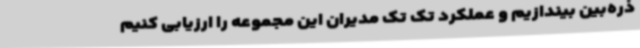
ذره‌بین بیندازیم و عملکرد تک تک مدیران این مجموعه را ارزیابی کنیم